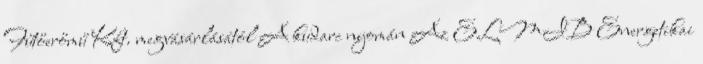
Fűtőerőmű Kft. megvásárlásától A kudarc nyomán Az ELMIB Energetikai